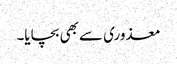
معذوری سے بھی بچایا۔